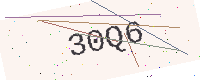
Text: 30Q6